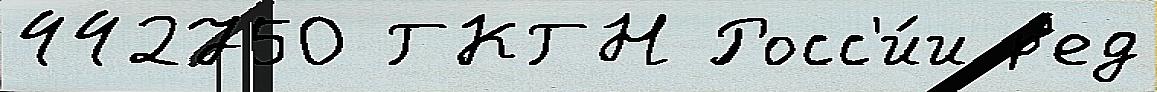
442750 ГКГН Росс'и́и р'ед